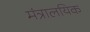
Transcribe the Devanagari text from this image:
मंत्रालयिक